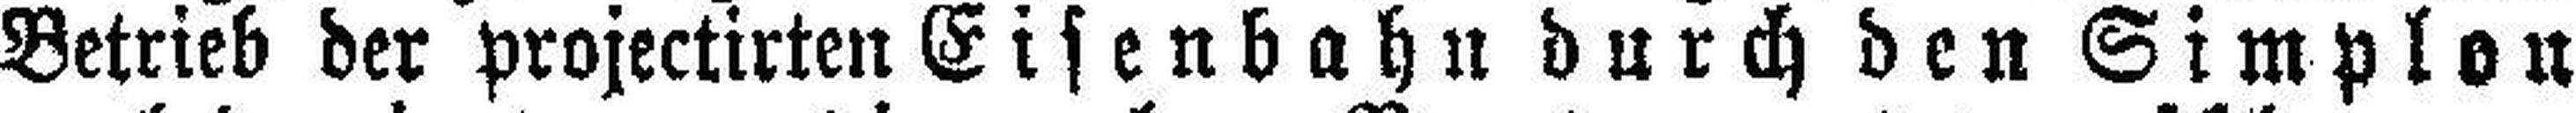
Betrieb der projectirten Eisenbahn durch den Simplou